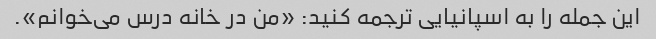
این جمله را به اسپانیایی ترجمه کنید: «من در خانه درس می‌خوانم».